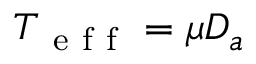
T _ { \mathrm { ~ e ~ f ~ f ~ } } = \mu D _ { a }